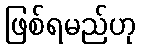
ဖြစ်ရမည်ဟု